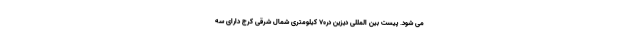
می شود. پیست بین المللی دیزین در۷۰ کیلومتری شمال شرقی کرج دارای سه